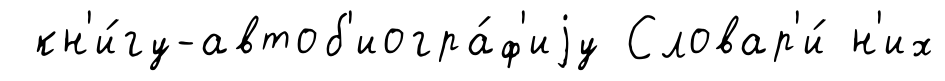
кн'и́гу-автоб'иогра́ф'иjу Словар'и́ н'их